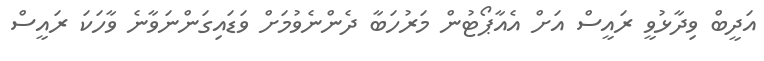
އަދީބް ވިދާޅުވީ ރައީސް އަށް އެއާޕޯޓުން މަރުހަބާ ދެންނެވުމަށް ވަޑައިގަންނަވާނެ ވާހަކަ ރައީސް